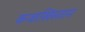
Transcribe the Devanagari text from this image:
कजाखिस्तान